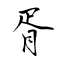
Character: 胥